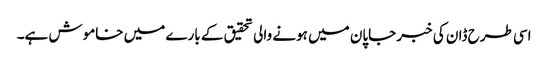
اسی طرح ڈان کی خبر جاپان میں ہونے والی تحقیق کے بارے میں خاموش ہے۔